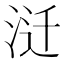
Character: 𰛱